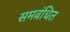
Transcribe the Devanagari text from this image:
समबंधित